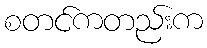
စတင်ကတည်းက